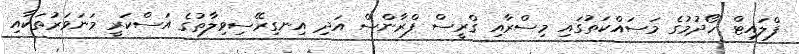
ފްލައިޓް ހޯދުމުގެ މަސައްކަތުގައި މިސްރާއި ގްރީސް ފްރާންސް އަދި އިނގިރޭސިވިލާތުގެ އަސްކަރީ މަނަވަރުތަކާއި